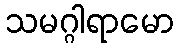
သမဂ္ဂါရာမော